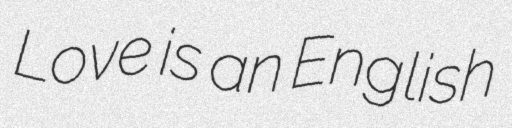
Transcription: Love is an English